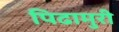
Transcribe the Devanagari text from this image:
पिढामुरी